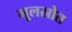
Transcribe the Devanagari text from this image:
मूलस्रोत